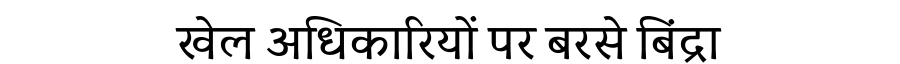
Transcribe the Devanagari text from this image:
खेल अधिकारियों पर बरसे बिंद्रा